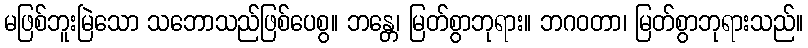
မဖြစ်ဘူးမြဲသော သဘောသည်ဖြစ်ပေစွ။ ဘန္တေ၊ မြတ်စွာဘုရား။ ဘဂဝတာ၊ မြတ်စွာဘုရားသည်။